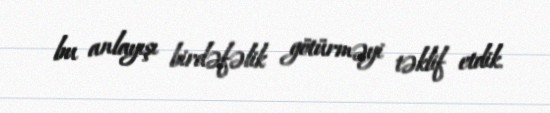
bu anlayışı birdəfəlik götürməyi təklif etdik.